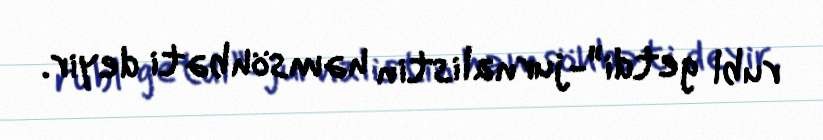
rubl getdi”-jurnalistin həmsöhbəti deyir.